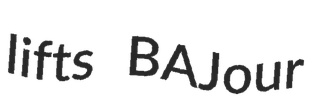
lifts BAJour